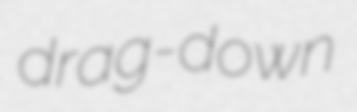
drag-down